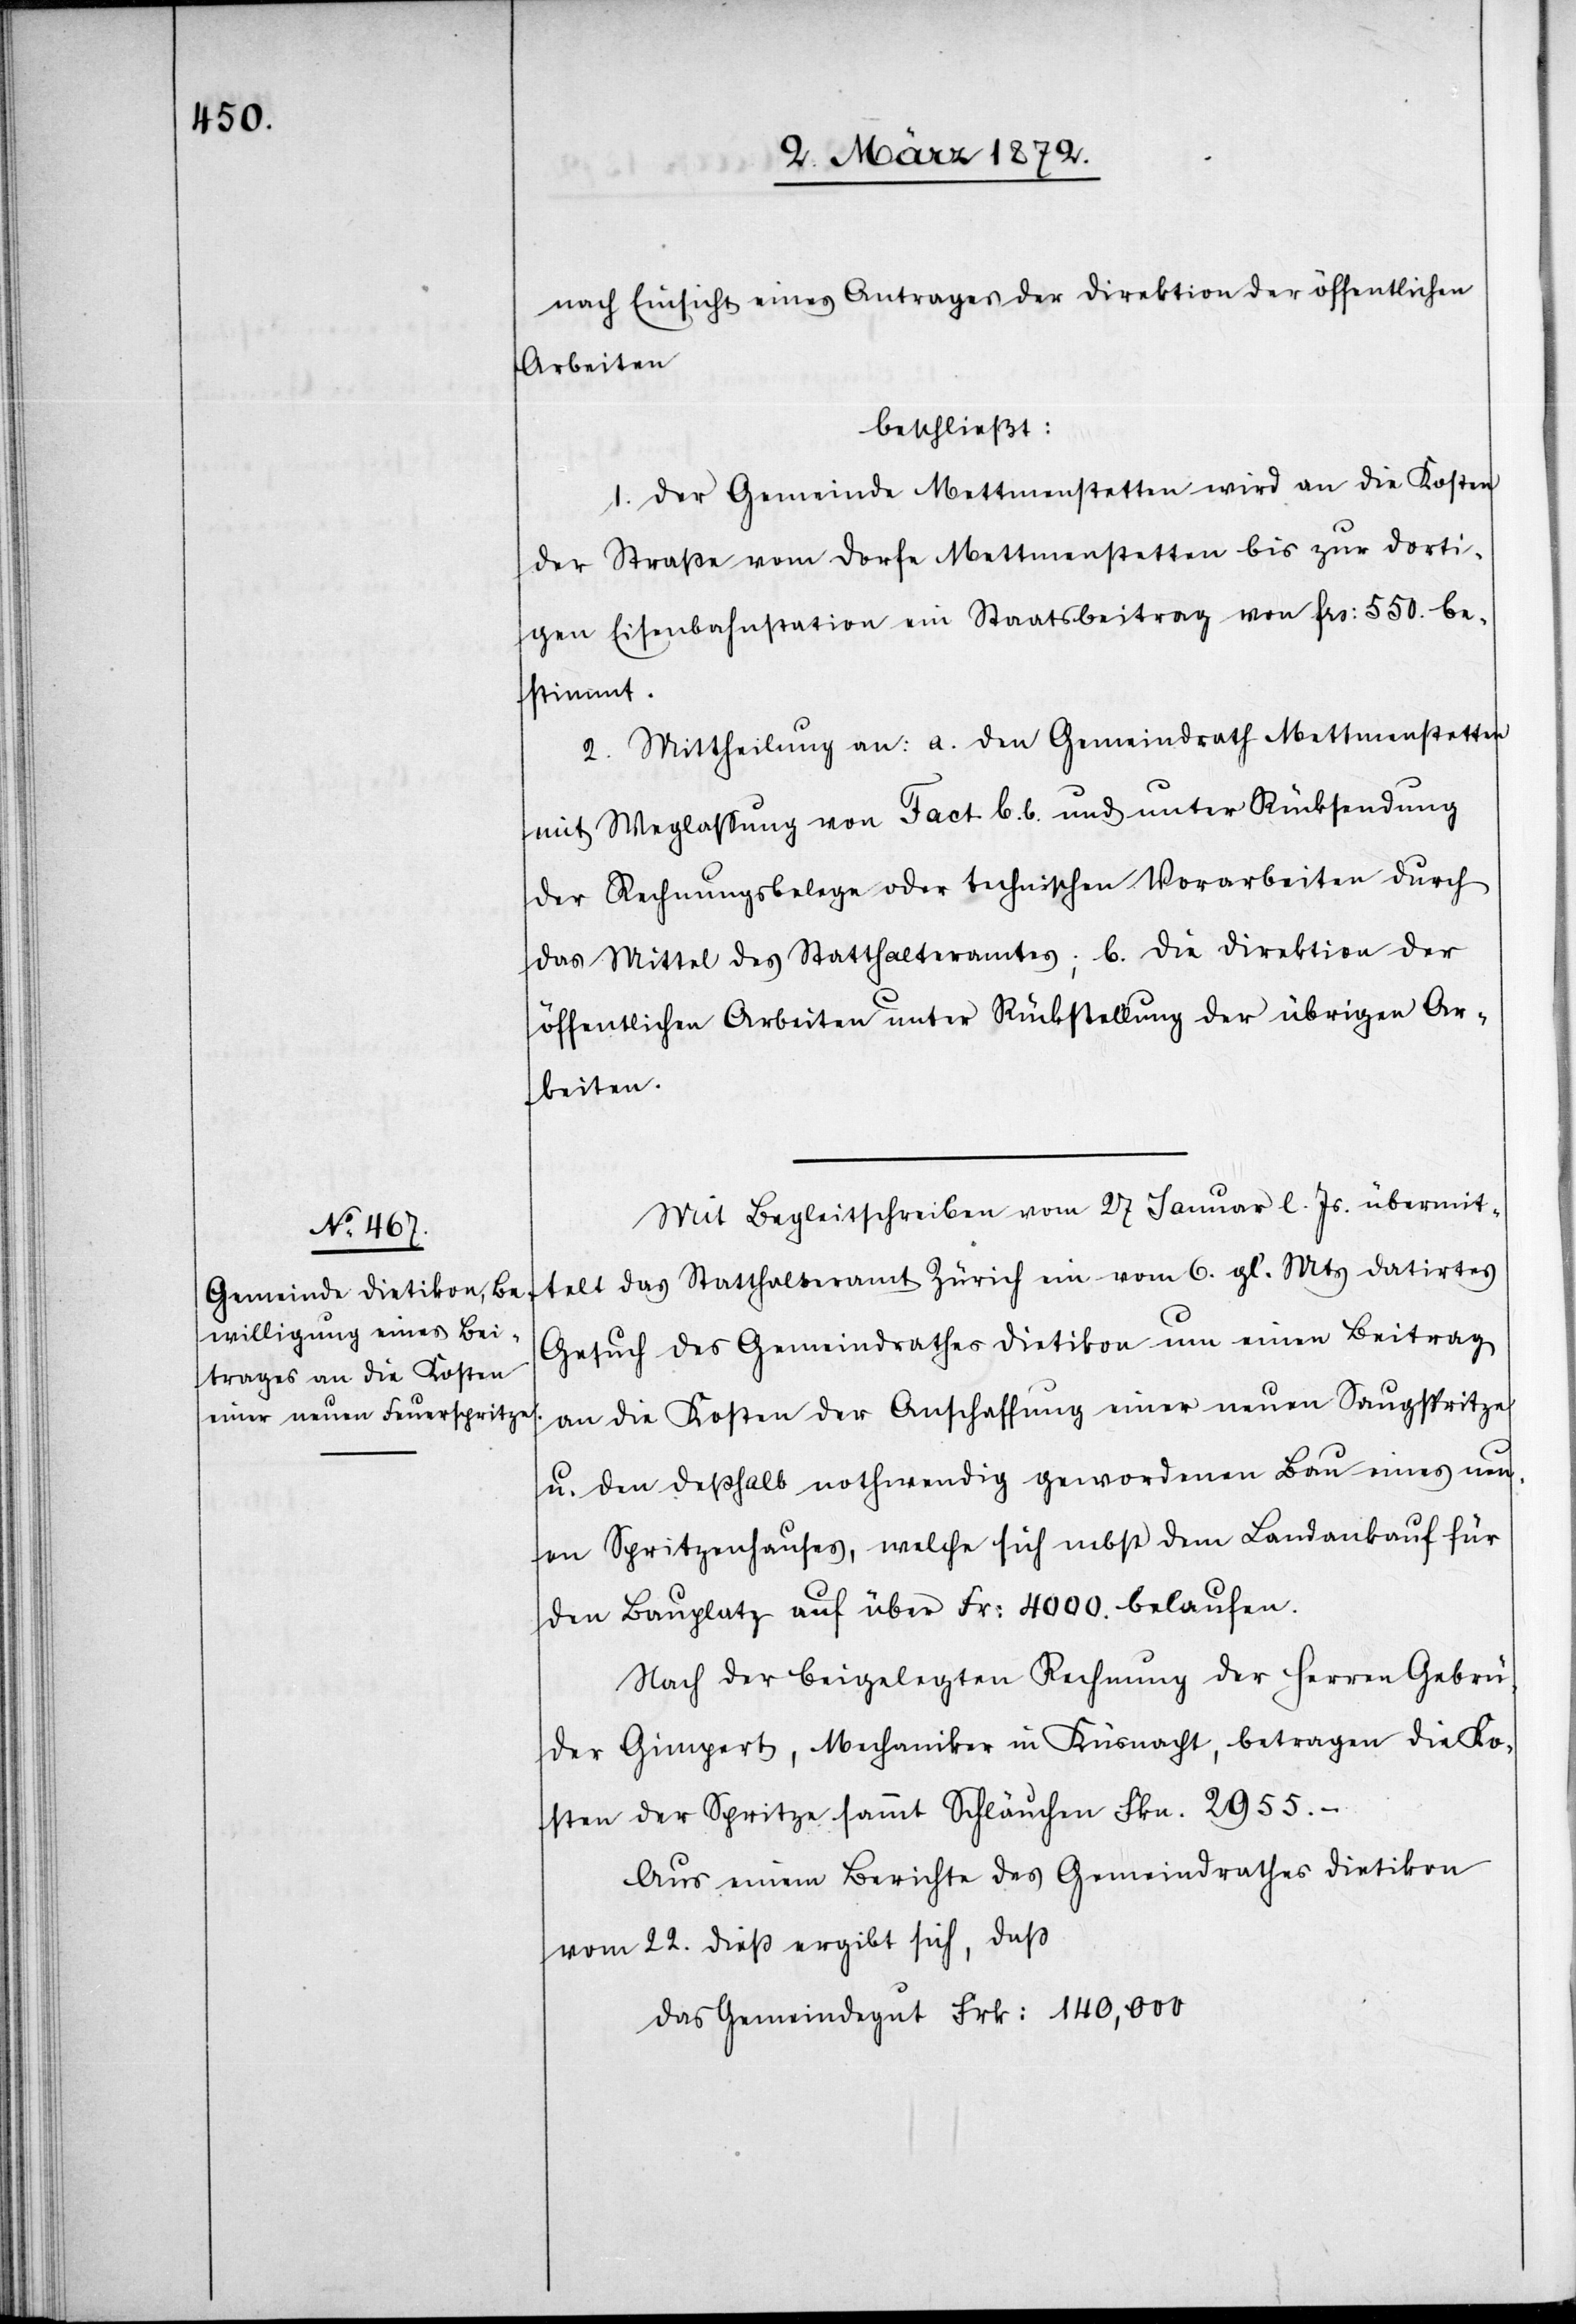
nach Einsicht eines Antrages der Direktion der öffentlichen
Arbeiten
beschließt:
1. Der Gemeinde Mettmenstetten wird an die Kosten
der Straße vom Dorfe Mettmenstetten bis zur dorti¬
gen Eisenbahnstation ein Staatsbeitrag vom frs. 550. be¬
stimmt.
2. Mittheilung an: a. den Gemeindrath Mettmenstetten
mit Weglassung von Fact b.b. und unter Rücksendung
der Rechnungsbelege oder technischen Vorarbeiten durch
das Mittel des Statthalteramtes; b. die Direktion der
öffentlichen Arbeiten unter Rückstellung der übrigen Ar¬
beiten.
Mit Begleitschreiben vom 27 Januar l. Js. übermit¬
telt das Statthalteramt Zürich ein vom 6. gl. Mts datirtes
Gesuch des Gemeindrathes Dietikon um einen Beitrag
an die Kosten der Anschaffung einer neuen Saugspritze
u. den deßhalb nothwendig gewordenen Bau eines neu¬
en Spritzenhauses, welche sich nebst dem Landaufkauf für
den Bauplatz auf über Fr. 4000. belaufen.
Nach der beigelegten Rechnung der Herren Gebrü¬
der Gimpert, Mechaniker in Küsnacht, betragen die Ko¬
sten der Spritze sammt Schläuchen Fkn. 2955.-
Aus einem Berichte des Gemeindrathes Dietikon
vom 22. dieß ergibt sich, daß